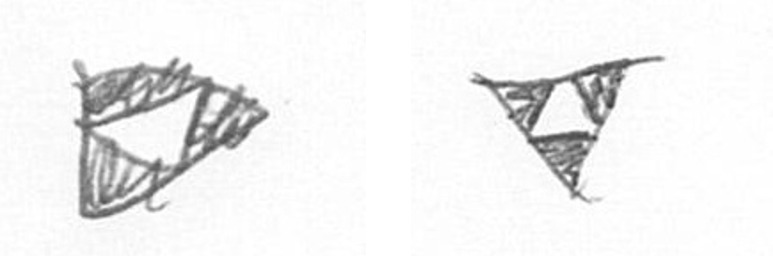
K S